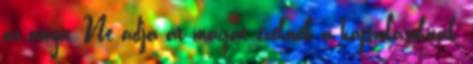
az anya. Ne adja át magát ezeknek a hajszolásoknak,